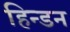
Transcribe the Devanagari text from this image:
हिन्‍डन